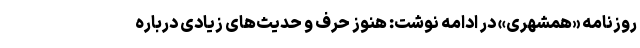
روزنامه «همشهری» در ادامه نوشت: هنوز حرف و حدیث‌های زیادی درباره